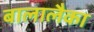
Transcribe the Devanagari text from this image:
बालालैका